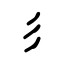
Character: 彡